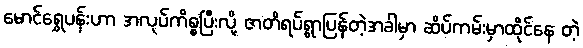
မောင်ရွှေပန်းဟာ အလုပ်ကိစ္စပြီးလို့ ဇာတိရပ်ရွာပြန်တဲ့အခါမှာ ဆိပ်ကမ်းမှာထိုင်နေ တဲ့